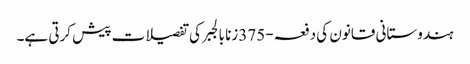
ہندوستانی قانون کی دفعہ-375زنا بالجبر کی تفصیلات پیش کرتی ہے۔